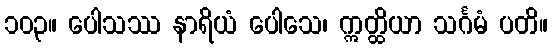
၁၀၃။ ပေါသဿ နာရိယံ ပေါသေ၊ ဣတ္ထိယာ သင်္ဂမံ ပတိ။